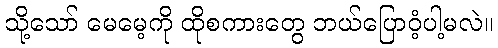
သို့သော် မေမေ့ကို ထိုစကားတွေ ဘယ်ပြောဝံ့ပါ့မလဲ။